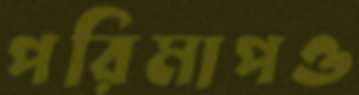
পরিমাপও